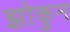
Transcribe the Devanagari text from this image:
झोकुन